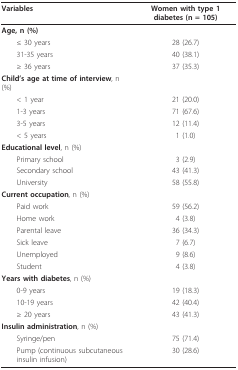
<table><thead><tr><td><b>Variables</b></td><td><b>Women with type 1 diabetes (n = 105)</b></td></tr></thead><tbody><tr><td><b>Age</b>, n (%)</td><td></td></tr><tr><td> ≤ 30 years</td><td>28 (26.7)</td></tr><tr><td> 31-35 years</td><td>40 (38.1)</td></tr><tr><td> ≥ 36 years</td><td>37 (35.3)</td></tr><tr><td><b>Child&#x27;s age at time of interview</b>, n (%)</td><td></td></tr><tr><td> &lt; 1 year</td><td>21 (20.0)</td></tr><tr><td> 1-3 years</td><td>71 (67.6)</td></tr><tr><td> 3-5 years</td><td>12 (11.4)</td></tr><tr><td> &lt; 5 years</td><td>1 (1.0)</td></tr><tr><td><b>Educational level</b>, n (%)</td><td></td></tr><tr><td> Primary school</td><td>3 (2.9)</td></tr><tr><td> Secondary school</td><td>43 (41.3)</td></tr><tr><td> University</td><td>58 (55.8)</td></tr><tr><td><b>Current occupation</b>, n (%)</td><td></td></tr><tr><td> Paid work</td><td>59 (56.2)</td></tr><tr><td> Home work</td><td>4 (3.8)</td></tr><tr><td> Parental leave</td><td>36 (34.3)</td></tr><tr><td> Sick leave</td><td>7 (6.7)</td></tr><tr><td> Unemployed</td><td>9 (8.6)</td></tr><tr><td> Student</td><td>4 (3.8)</td></tr><tr><td><b>Years with diabetes</b>, n (%)</td><td></td></tr><tr><td> 0-9 years</td><td>19 (18.3)</td></tr><tr><td> 10-19 years</td><td>42 (40.4)</td></tr><tr><td> ≥ 20 years</td><td>43 (41.3)</td></tr><tr><td><b>Insulin administration</b>, n (%)</td><td></td></tr><tr><td> Syringe/pen</td><td>75 (71.4)</td></tr><tr><td> Pump (continuous subcutaneous insulin infusion)</td><td>30 (28.6)</td></tr></tbody></table>